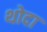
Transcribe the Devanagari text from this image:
थोदा